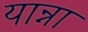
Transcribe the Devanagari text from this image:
यान्ना